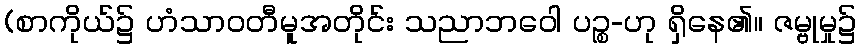
(စာကိုယ်၌ ဟံသာဝတီမူအတိုင်း သညာဘဝေါ ပဉ္စ-ဟု ရှိနေ၏။ ဇမ္ဗုမှု၌